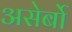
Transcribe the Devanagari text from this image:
असेर्बो